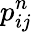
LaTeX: p_{ij}^{n}